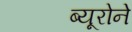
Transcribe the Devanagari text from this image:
ब्यूरोने